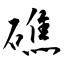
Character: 礁